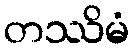
တဿိမံ